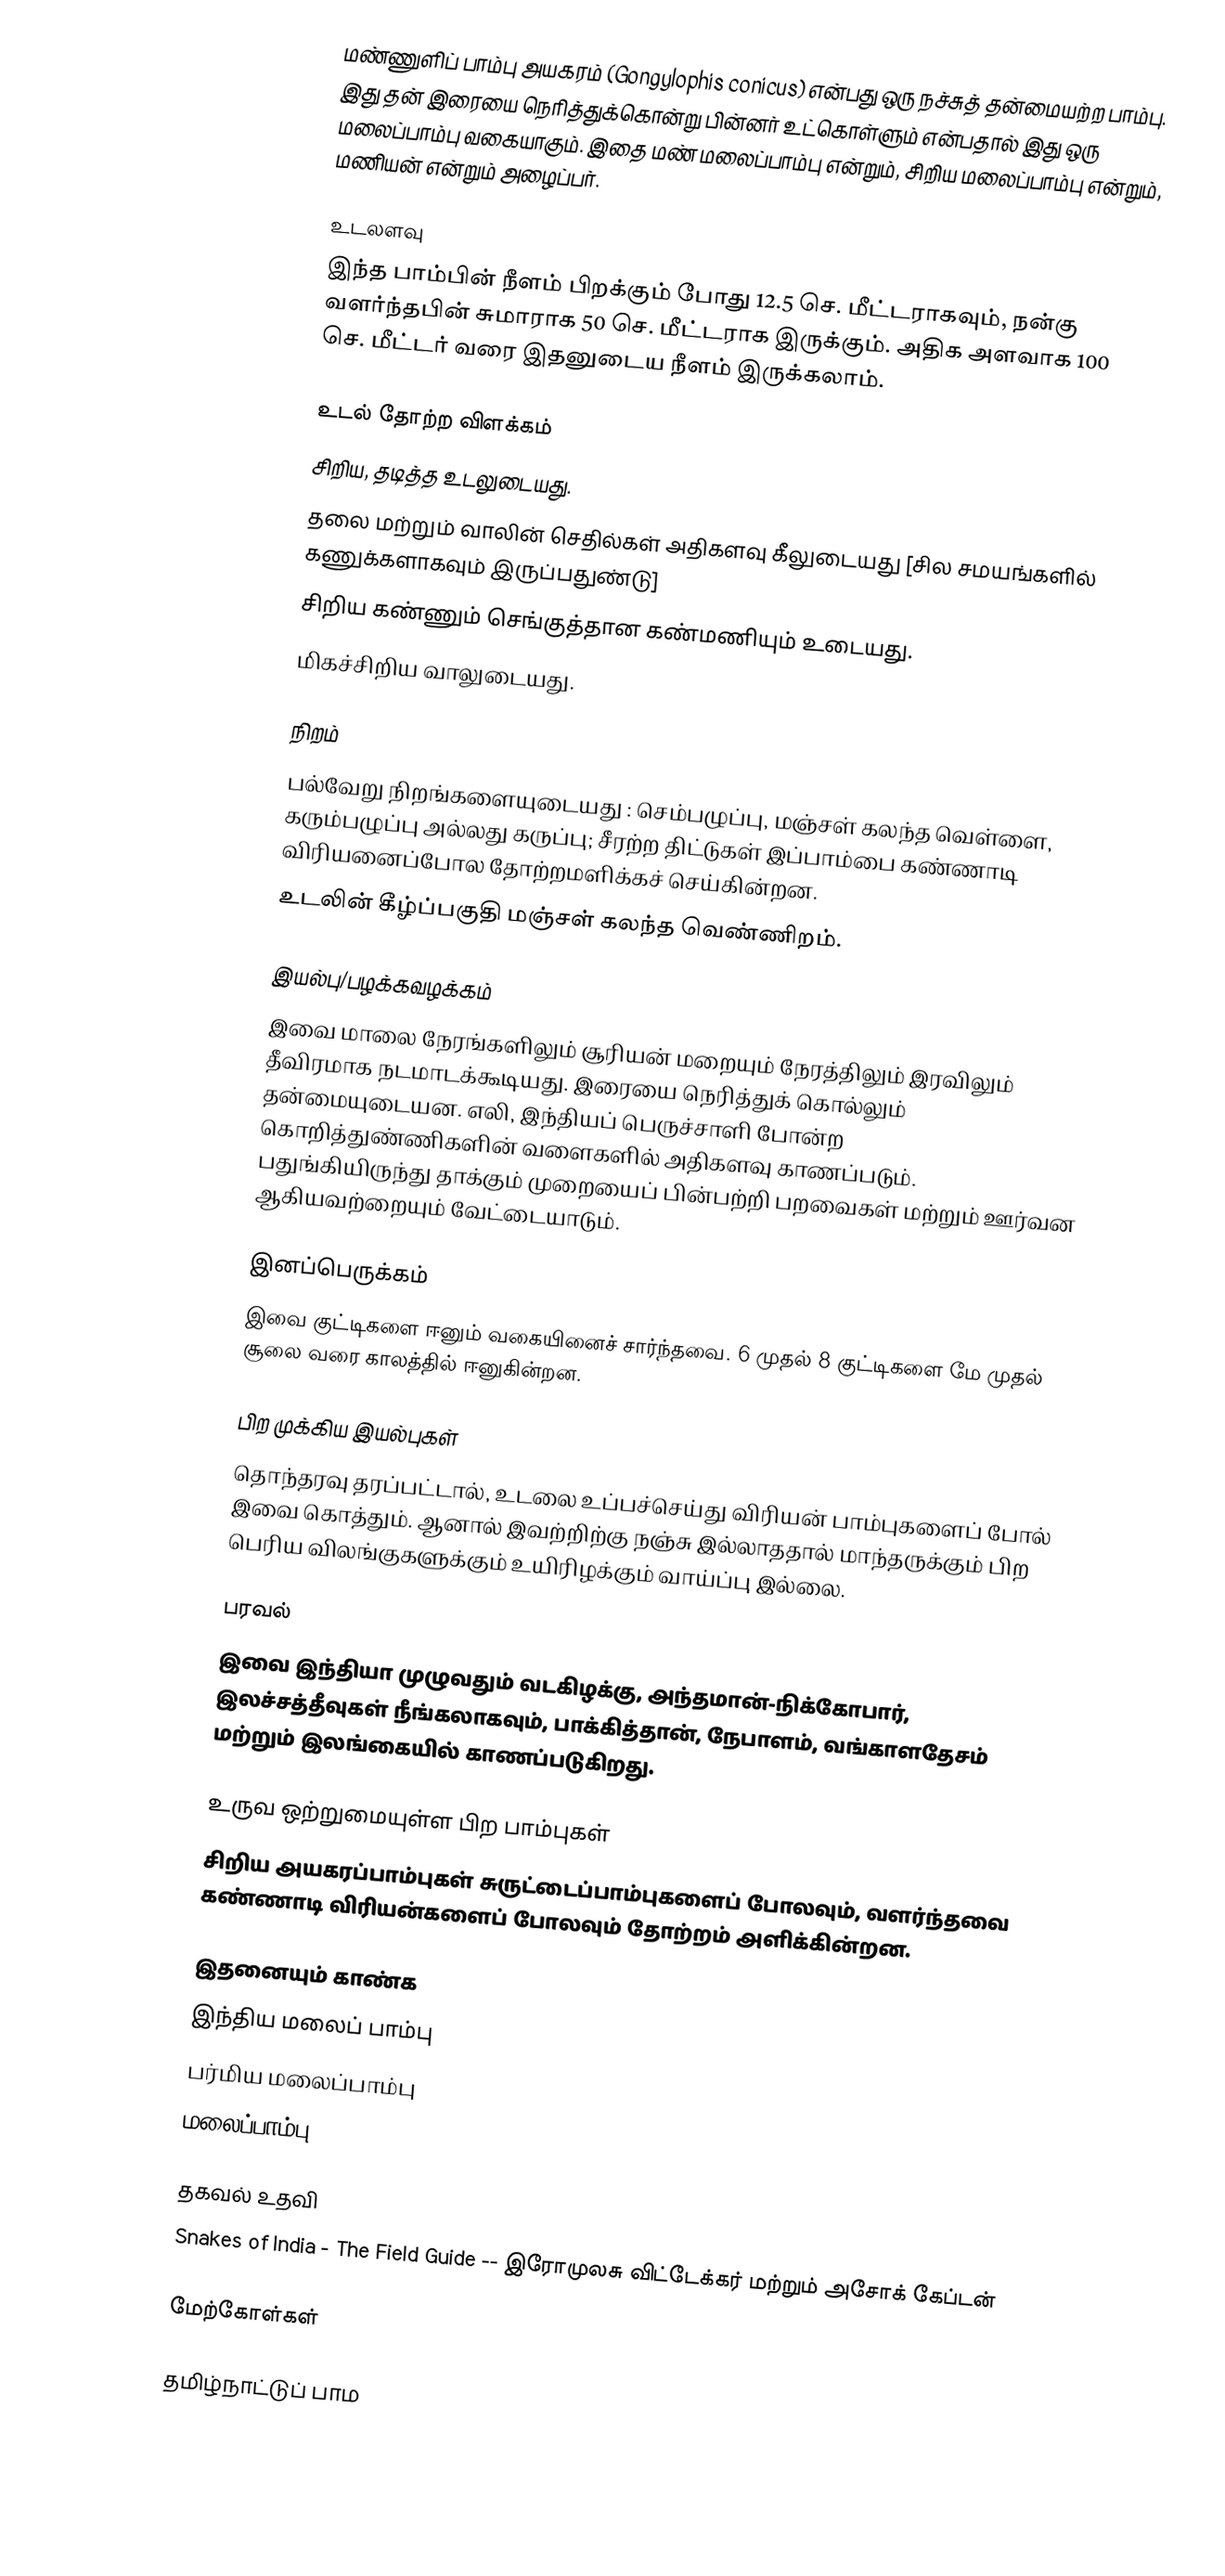
மண்ணுளிப் பாம்பு அயகரம் (Gongylophis conicus) என்பது ஒரு நச்சுத் தன்மையற்ற பாம்பு. இது தன் இரையை நெரித்துக்கொன்று பின்னர் உட்கொள்ளும் என்பதால் இது ஒரு மலைப்பாம்பு வகையாகும். இதை மண் மலைப்பாம்பு என்றும், சிறிய மலைப்பாம்பு என்றும், மணியன் என்றும் அழைப்பர்.

உடலளவு
இந்த பாம்பின் நீளம் பிறக்கும் போது 12.5 செ. மீட்டராகவும், நன்கு வளர்ந்தபின் சுமாராக 50 செ. மீட்டராக இருக்கும். அதிக அளவாக 100 செ. மீட்டர் வரை இதனுடைய நீளம் இருக்கலாம்.

உடல் தோற்ற விளக்கம்
 சிறிய, தடித்த உடலுடையது.
 தலை மற்றும் வாலின் செதில்கள் அதிகளவு கீலுடையது [சில சமயங்களில் கணுக்களாகவும் இருப்பதுண்டு]
 சிறிய கண்ணும் செங்குத்தான கண்மணியும் உடையது.
 மிகச்சிறிய வாலுடையது.

நிறம்
 பல்வேறு நிறங்களையுடையது : செம்பழுப்பு, மஞ்சள் கலந்த வெள்ளை, கரும்பழுப்பு அல்லது கருப்பு; சீரற்ற திட்டுகள் இப்பாம்பை கண்ணாடி விரியனைப்போல தோற்றமளிக்கச் செய்கின்றன.
 உடலின் கீழ்ப்பகுதி மஞ்சள் கலந்த வெண்ணிறம்.

இயல்பு/பழக்கவழக்கம்
இவை மாலை நேரங்களிலும் சூரியன் மறையும் நேரத்திலும் இரவிலும் தீவிரமாக நடமாடக்கூடியது. இரையை நெரித்துக் கொல்லும் தன்மையுடையன. எலி, இந்தியப் பெருச்சாளி போன்ற கொறித்துண்ணிகளின் வளைகளில் அதிகளவு காணப்படும். பதுங்கியிருந்து தாக்கும் முறையைப் பின்பற்றி பறவைகள் மற்றும் ஊர்வன ஆகியவற்றையும் வேட்டையாடும்.

இனப்பெருக்கம்
இவை குட்டிகளை ஈனும் வகையினைச் சார்ந்தவை. 6 முதல் 8 குட்டிகளை மே முதல் சூலை வரை காலத்தில் ஈனுகின்றன.

பிற முக்கிய இயல்புகள்
தொந்தரவு தரப்பட்டால், உடலை உப்பச்செய்து விரியன் பாம்புகளைப் போல் இவை கொத்தும். ஆனால் இவற்றிற்கு நஞ்சு இல்லாததால் மாந்தருக்கும் பிற பெரிய விலங்குகளுக்கும் உயிரிழக்கும் வாய்ப்பு இல்லை.

பரவல்
இவை இந்தியா முழுவதும் வடகிழக்கு, அந்தமான்-நிக்கோபார், இலச்சத்தீவுகள் நீங்கலாகவும், பாக்கித்தான், நேபாளம், வங்காளதேசம் மற்றும் இலங்கையில் காணப்படுகிறது.

உருவ ஒற்றுமையுள்ள பிற பாம்புகள்
 சிறிய அயகரப்பாம்புகள் சுருட்டைப்பாம்புகளைப் போலவும், வளர்ந்தவை கண்ணாடி விரியன்களைப் போலவும் தோற்றம் அளிக்கின்றன.

இதனையும் காண்க
 இந்திய மலைப் பாம்பு
 பர்மிய மலைப்பாம்பு
 மலைப்பாம்பு

தகவல் உதவி
Snakes of India - The Field Guide  -- இரோமுலசு விட்டேக்கர் மற்றும் அசோக் கேப்டன்

மேற்கோள்கள்

தமிழ்நாட்டுப் பாம